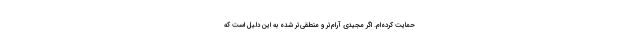
حمایت کرده‌ام. اگر مجیدی آرام‌تر و منطقی‌تر شده به این دلیل است که